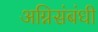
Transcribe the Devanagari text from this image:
अग्निसंबंधी